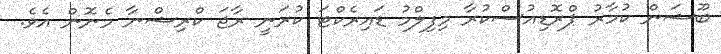
ބޫޝަން ކުމާރު ޕްރޮޑިއުސްކުރާ މިފިލްމު ޑައިރެކްޓަ ކުރަނީ ރާޖަ ކްރިޝްނާ މެނޮން އެވެ.